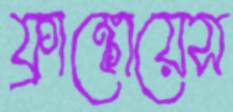
ফ্রাঙ্কোয়েস